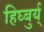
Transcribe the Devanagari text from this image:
हिघ्बुर्य्